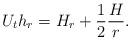
LaTeX: \begin{align*}U_t h_r = H_r + \frac{1}{2}\frac{H}{r}.\end{align*}